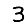
Digit: 3